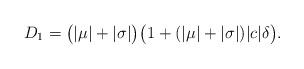
LaTeX: \begin{align*} D_1 = \bigl(|\mu|+|\sigma|\bigr)\bigl(1+(|\mu|+|\sigma|)|c|\delta\bigr).\end{align*}